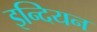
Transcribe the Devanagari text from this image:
इन्दियन